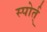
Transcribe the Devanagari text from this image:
स्पोर्त्